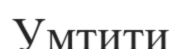
Умтити